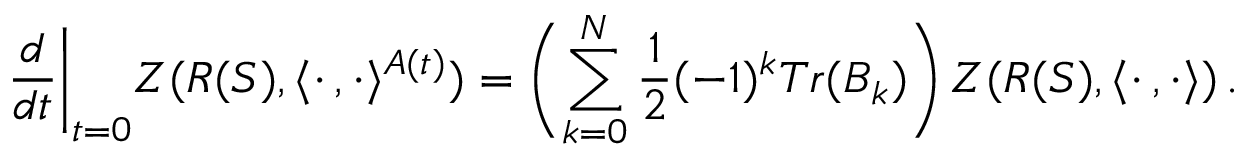
\frac { d } { d t } \biggl | _ { t = 0 } Z ( R ( S ) , \langle \cdot \, , \cdot \rangle ^ { A ( t ) } ) = \biggl ( \sum _ { k = 0 } ^ { N } \frac { 1 } { 2 } ( - 1 ) ^ { k } T r ( B _ { k } ) \biggr ) \, Z ( R ( S ) , \langle \cdot \, , \cdot \rangle ) \, .